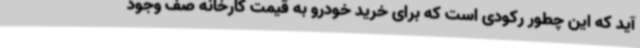
آید که این چطور رکودی است که برای خرید خودرو به قیمت کارخانه صف وجود